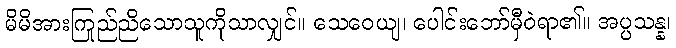
မိမိအားကြည်ညိုသောသူကိုသာလျှင်။ သေဝေယျ၊ ပေါင်းဘော်မှီဝဲရာ၏။ အပ္ပသန္န၊